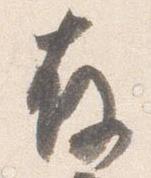
存